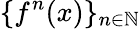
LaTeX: \{ f^{n}(x)\} _{n\in\mathbb{N}}